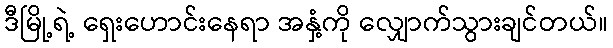
ဒီမြို့ရဲ့ ရှေးဟောင်းနေရာ အနှံ့ကို လျှောက်သွားချင်တယ်။